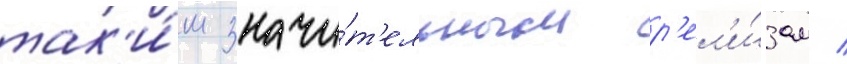
так'и́м значи́т'ельным р'ел'и́зам /